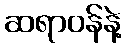
ဆရာဝန်နဲ့